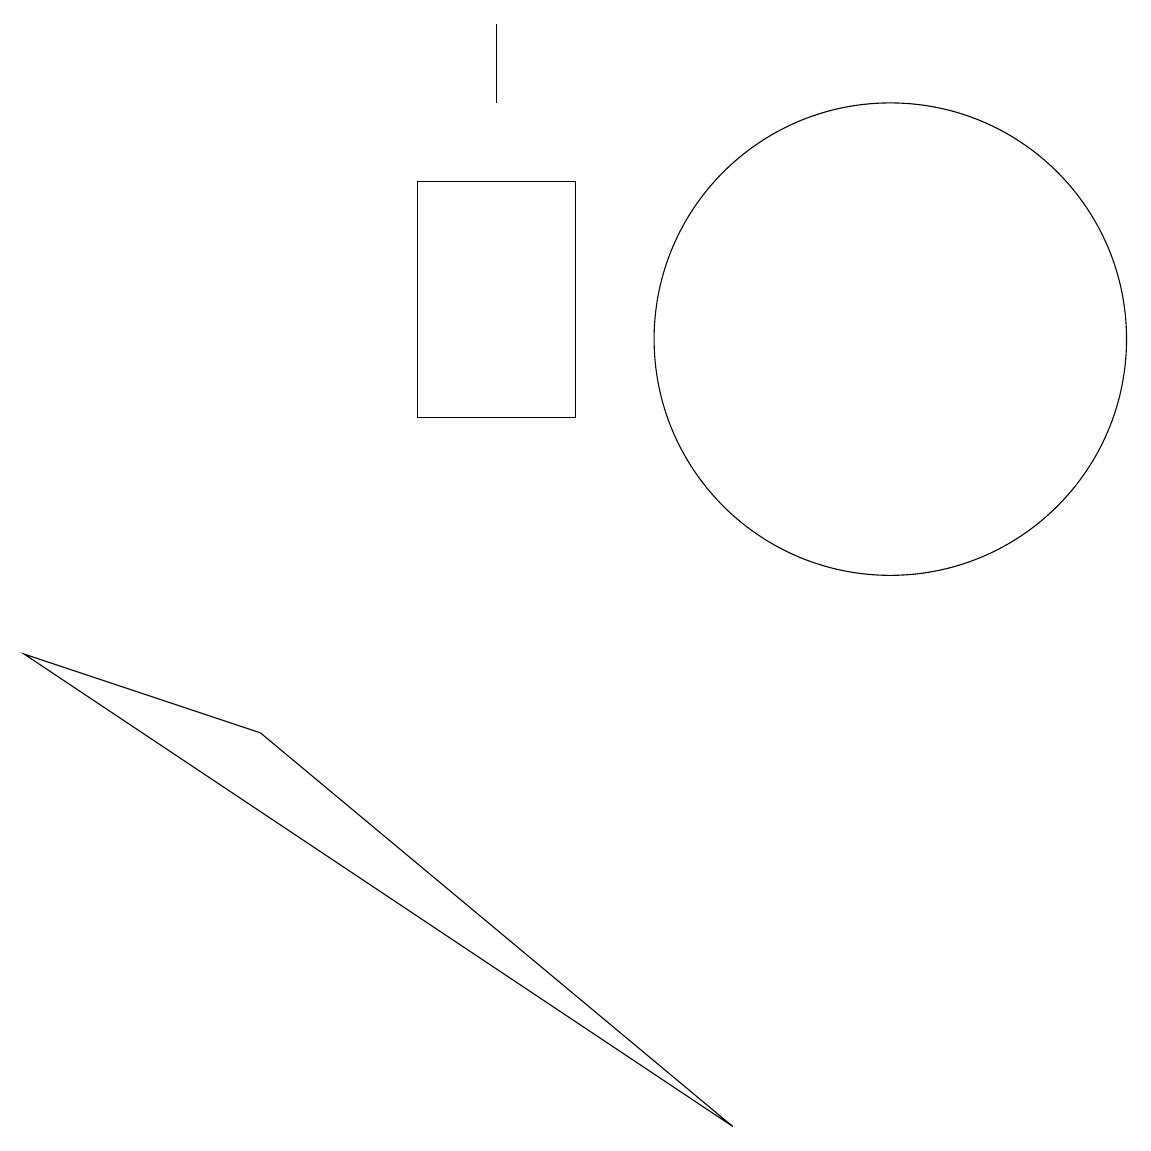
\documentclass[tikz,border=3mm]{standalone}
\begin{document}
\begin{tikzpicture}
\draw (11,11) circle (3);
\draw (0,7) -- (9,1) -- (3,6) -- cycle;
\draw (6,14) rectangle (6,15);
\draw (7,13) rectangle (5,10);
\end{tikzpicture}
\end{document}